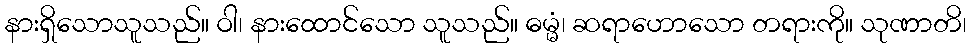
နားရှိသောသူသည်။ ဝါ၊ နားထောင်သော သူသည်။ ဓမ္မံ၊ ဆရာဟောသော တရားကို။ သုဏာတိ၊